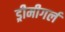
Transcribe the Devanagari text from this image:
ड्रीमीगर्ल